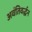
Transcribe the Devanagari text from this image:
अवंतिवर्द्धन